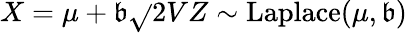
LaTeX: X=\mu+\mathfrak{b}{\sqrt{}{{2V}}}Z\sim\mathrm{{Laplace}}(\mu,\mathfrak{b})